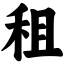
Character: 租